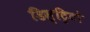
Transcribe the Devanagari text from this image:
डिस्ट्रिटो